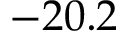
- 2 0 . 2